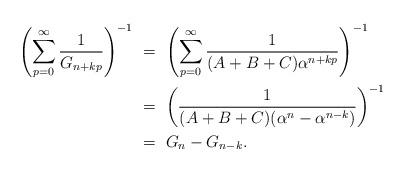
LaTeX: \begin{align*} \left ( \sum^{\infty}_{p=0}\frac{1}{G_{n+kp}}\right)^{-1}\ &=\ \left ( \sum^{\infty}_{p=0}\frac{1}{(A+B+C)\alpha^{n+kp}}\right)^{-1}\\ \ &=\ \left (\frac{1}{(A+B+C)(\alpha^{n}-\alpha^{n-k})}\right)^{-1}\\ \ &=\ G_{n}-G_{n-k}. \end{align*}